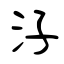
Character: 汓